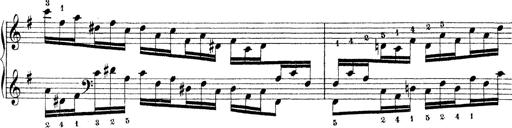
Title: Technische Studien
Composer: Franz Liszt